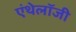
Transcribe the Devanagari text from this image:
एंथेलॉजी